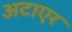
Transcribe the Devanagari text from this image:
अटाएर